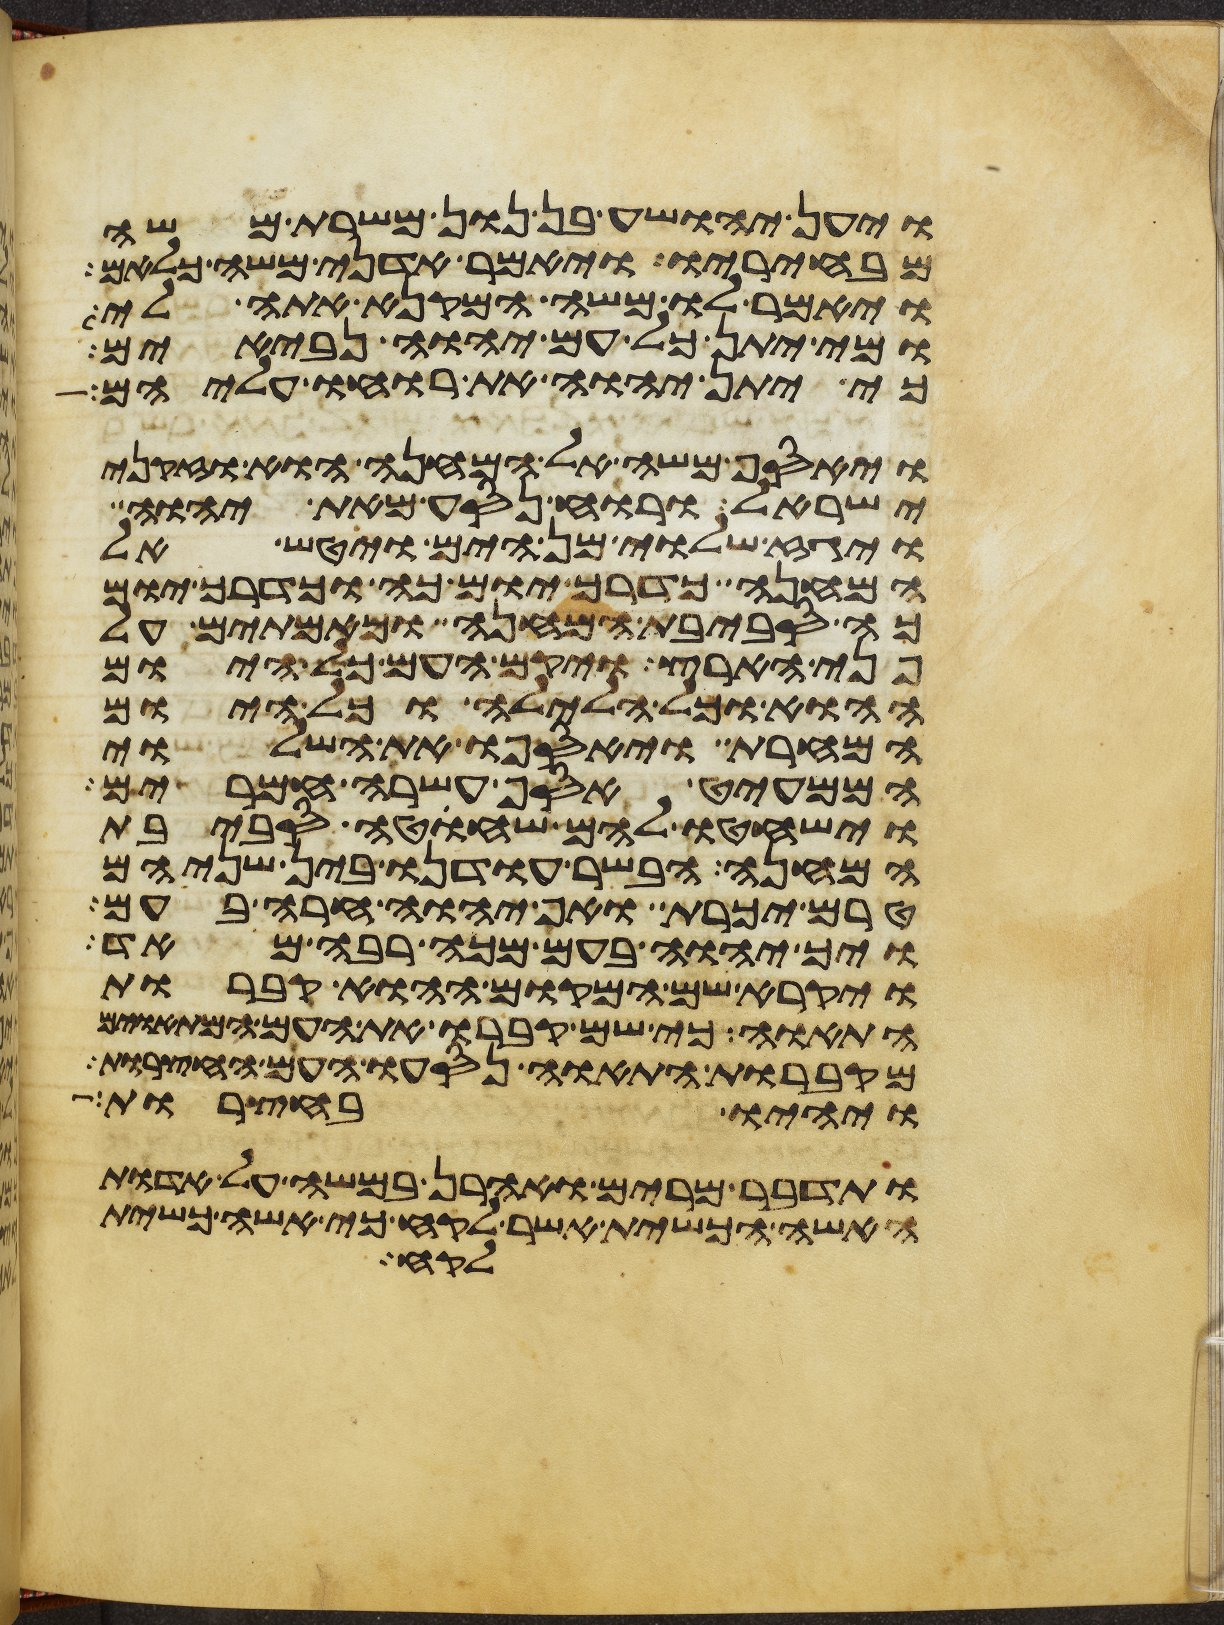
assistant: ויען יהושע בן נון משרת משה
מבחיריו ויאמר אדני משה כלאם
ויאמר לו משה המקנא אתה לי
ומי יתן כל עם יהוה נביאים
כי יתן יהוה את רוחו עליהם
ויאסף משה אל המחנה הוא וזקני
ישראל ורוח נסע מאת יהוה
ויגז שלוי מן הים ויטש אל
המחנה כדרך יום כה וכדרך יום
כה סביבת המחנה וכאמתים על
פני הארץ ויקם העם כל היום
ההוא וכל הלילה וכל היום
המחרת ויאספו את השלוי
הממעיט אסף עשרה חמרים
וישחטו להם שחוט סביבת
המחנה הבשר עודנו בין שניהם
טרם יכרת ואף יהוה חרה בעם
ויך יהוה בעם מכה רבה מאד
ויקרא שם המקום ההוא קברות
התאוה כי שם קברו את העם המתאוים
מקברות התאוה נסעו העם החצרות
ויהיו בחצרות
ותדבר מרים ואהרן במשה על אדות
האשה הכשית אשר לקח כי אשה כשית
לקח